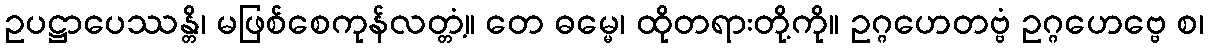
ဥပဋ္ဌာပေဿန္တိ၊ မဖြစ်စေကုန်လတ္တံ့။ တေ ဓမ္မေ၊ ထိုတရားတို့ကို။ ဥဂ္ဂဟေတဗ္ဗံ ဥဂ္ဂဟေဗ္ဗေ စ၊